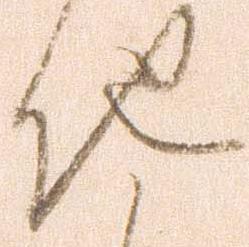
他